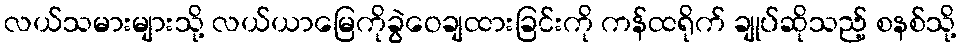
လယ်သမားများသို့ လယ်ယာမြေကိုခွဲဝေချထားခြင်းကို ကန်ထရိုက် ချုပ်ဆိုသည့် စနစ်သို့